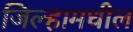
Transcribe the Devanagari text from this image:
जिल्हामधील